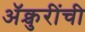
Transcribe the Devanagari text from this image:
ॲक्चुरींची